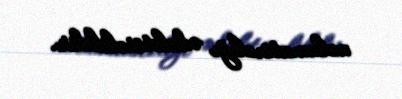
məlumatsızlığı ədalətsizlikdir.